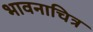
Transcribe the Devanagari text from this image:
भावनाचित्र